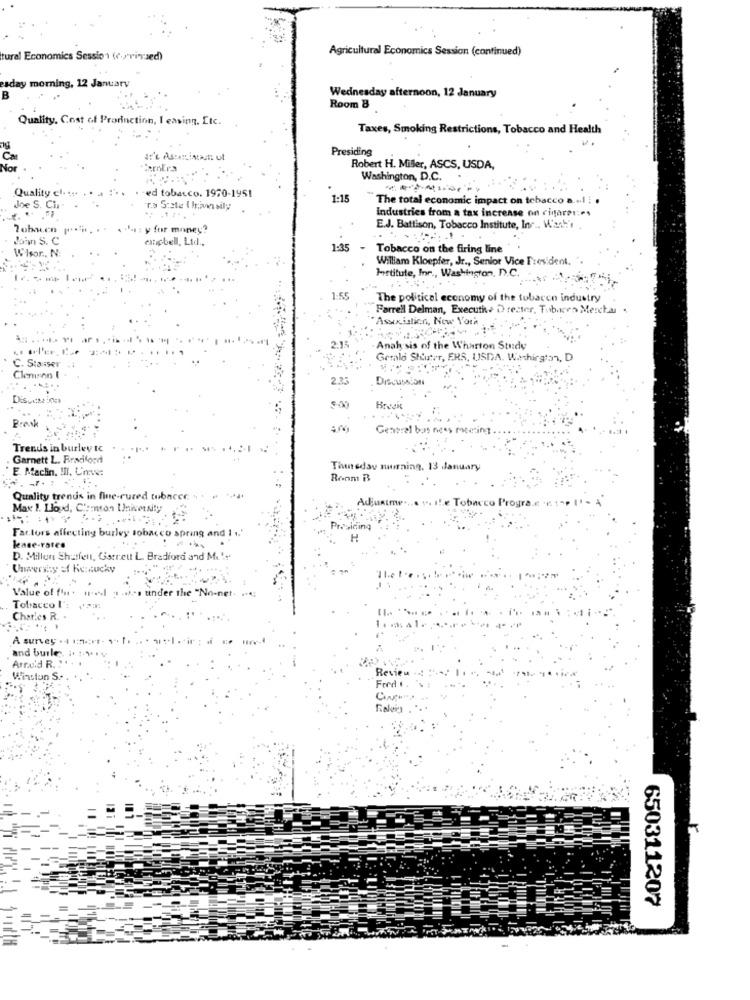
Agricultural Economics Session (continued)
tural Economics Session ( privsed)
sday morning, 12 January
Wednesday afternoon, 12 January
B
Room 8
Quality, Cost of Prorinction, I easing, Etc.
Taxes, Smoking Restrictions, Tobacco and Health
. .
Presiding
Carolea
Robert H. Miller, ASCS, USDA,
Washington, D.C.
Quality el- ::
-ed tobacco. 1950-1951
1:15
The total economic impact on tobacco a .... .
Joe S.
ra State ( livesily
.+
Industries from a tax increase on cigares:es
: y for money?
E.J. Battison, Tobacco Institute, Inc ., Wash'
exnicbell, Ltd ..
1:35
- Tobacco on the firing line
William Kloepfer, Jr ., S
7. Jr ., Senior Vice President. ".
Istitute, Inr ., Washington, D.C.
1:55
The political economy of the tobacco industry
Farrell Delman, Executive D rester, Tubares Mercha .
"Association, New York
Analysis of the Wharton Study
Gerald Shuter, ERS, USDA. Washington, D
C. Stanser
Clemson I
Brak
eneral bins ness meeting
Trends in burley tc
Garnett L. Braciford
E. Maclin. III. Unve:
Thursday morning. 13 January
Room B
Quality trends in fine-cured tubacce . . . ....
Adjustme ....
Max 1. Lloyd, Clemson University
e Tobacco Progra.c ' t -,
Factors affecting burley tobacco spring and 1 .. '
Presiding
leane-rates
D. Millon Shatfent, Garrett L. Bradford and M .!!
Value of four. ...~ 1
under the "
Tobacco I
11.
Charles R.
A survey .+
and burle
Arnold R. :
Revie
Winslun S.
Fred t .
650311207